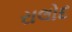
રાલોદ